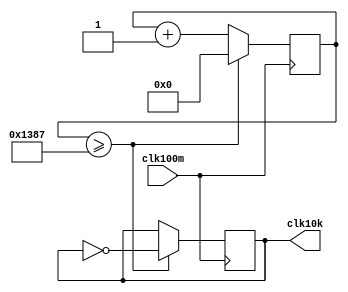
module clk_gen(
    input   wire    clk100m,
    output  reg     clk10k=0
);

parameter   count_target10k =   4999;

reg [12:0]  cnt_clk100m=0;
always @ (posedge clk100m) begin
    if(cnt_clk100m >= count_target10k)  cnt_clk100m <= 0;
    else                                cnt_clk100m <= cnt_clk100m + 1;
end

always @ (posedge clk100m) begin
    if(cnt_clk100m >= count_target10k)  clk10k <= ~clk10k;  //generate 10kHz clock by counter
end

endmodule